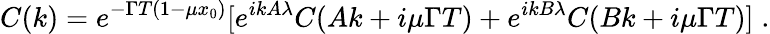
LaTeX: C(k)=e^{-\Gamma T(1-\mu x_{0})}[e^{ikA\lambda}C(Ak+i\mu\Gamma T)+e^{ikB\lambda}C(Bk+i\mu\Gamma T)]\; .